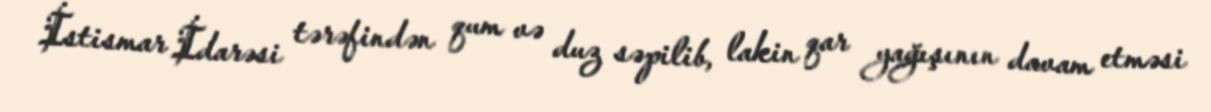
İstismar İdarəsi tərəfindən qum və duz səpilib, lakin qar yağışının davam etməsi